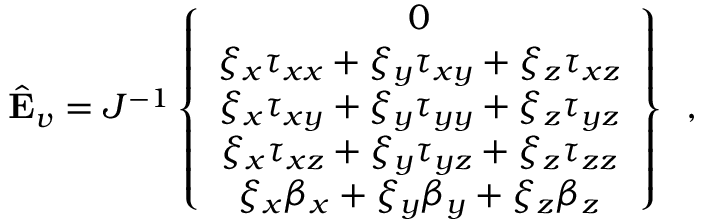
\hat { \mathbf { E } } _ { v } = J ^ { - 1 } \left\{ \begin{array} { c } { 0 } \\ { \xi _ { x } { \tau } _ { x x } + \xi _ { y } { \tau } _ { x y } + \xi _ { z } { \tau } _ { x z } } \\ { \xi _ { x } { \tau } _ { x y } + \xi _ { y } { \tau } _ { y y } + \xi _ { z } { \tau } _ { y z } } \\ { \xi _ { x } { \tau } _ { x z } + \xi _ { y } { \tau } _ { y z } + \xi _ { z } { \tau } _ { z z } } \\ { \xi _ { x } { \beta } _ { x } + \xi _ { y } { \beta } _ { y } + \xi _ { z } { \beta } _ { z } } \end{array} \right\} \, \mathrm { ~ , ~ }